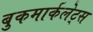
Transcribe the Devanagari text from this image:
बुकमार्कलेट्स